Report of the Municipal Commissioner on the plague in Bombay for the year ending 31st May... - Volume 1
Disease focus: Plague
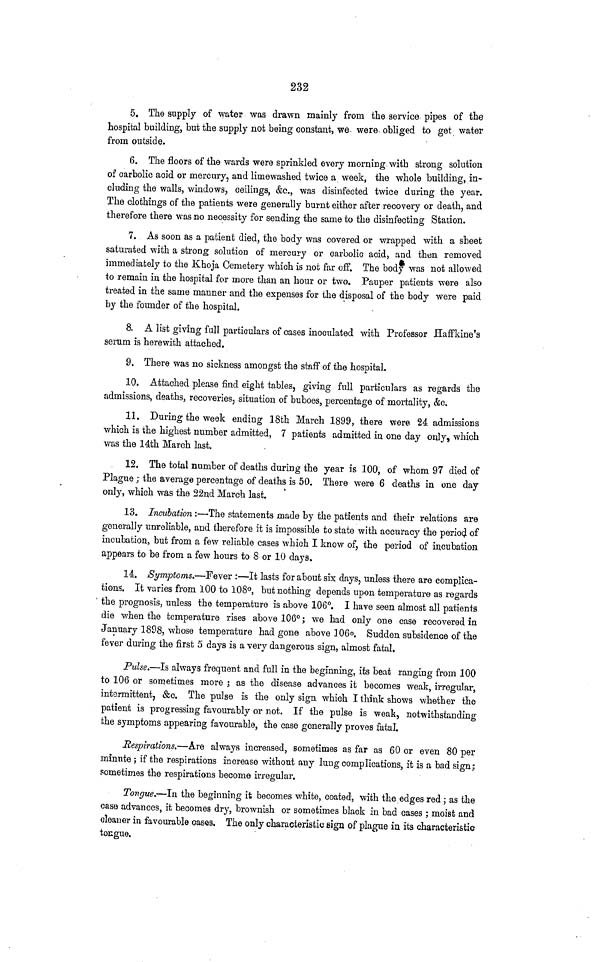
232
5. The supply of water was drawn mainly from the service pipes of the
hospital building, but the supply not being constant, we were obliged to get water
from outside.
6. The floors of the wards were sprinkled every morning with strong solution
of carbolic acid or mercury, and lirnewashed twice a week, the whole building, in-
cluding the walls, windows, ceilings, &c., was disinfected twice during the year.
The clothings of the patients were generally burnt either after recovery or death, and
therefore there was no necessity for sending the same to the disinfecting Station.
7. As soon as a patient died, the body was covered or wrapped with a sheet
saturated with a strong solution of mercury or carbolic acid, and then removed
immediately to the Khoja Cemetery which is not far off. The body was not allowed
to remain in the hospital for more than an hour or two. Pauper patients were also
treated in the same manner and the expenses for the disposal of the body were paid
by the founder of the hospital.
8. A list giving full particulars of cases inoculated with Professor Haffkine's
serum is herewith attached.
9. There was no sickness amongst the staff of the hospital.
10. Attached please find eight tables, giving full particulars as regards the
admissions, deaths, recoveries, situation of buboes, percentage of mortality, &c.
11. During the week ending 18th March 1899, there were 24 admissions
which is the highest number admitted, 7 patients admitted in one day only, which
was the 14th March last.
12. The total number of deaths during the year is 100, of whom 97 died of
Plague; the average percentage of deaths is 50. There were 6 deaths in one day
only, which was the 22nd March last.
13. Incubation:—The statements made by the patients and their relations are
generally unreliable, and therefore it is impossible to state with accuracy the period of
incubation, but from a few reliable cases which I know of, the period of incubation
appears to be from a few hours to 8 or 10 days.
14. Symptoms.—Fever:—It lasts for about six days, unless there are complica-
tions. It varies from 100 to 108°, but nothing depends upon temperature as regards
the prognosis, unless the temperature is above 106°. I have seen almost all patients
die when the temperature rises above 106°; we had only one case recovered in
January 1898, whose temperature had gone above 306°. Sudden subsidence of the
fever during the first 5 days is a very dangerous sign, almost fatal.
Pulse.—Is always frequent and full in the beginning, its beat ranging from 100
to 106 or sometimes more; as the disease advances it becomes weak, irregular,
intermittent, &c. The pulse is the only sign which I think shows whether the
patient is progressing favourably or not. If the pulse is weak, notwithstanding
the symptoms appearing favourable, the case generally proves fatal.
Respirations.—Are always increased, sometimes as far as 60 or even 80 per
minute; if the respirations increase without any lung complications, it is a bad sign;
sometimes the respirations become irregular.
Tongue.—In the beginning it becomes white, coated, with the edges red; as the
case advances, it becomes dry, brownish or sometimes black in bad cases; moist and
cleaner in favourable cases. The only characteristic sign of plague in its characteristic
tongue.